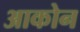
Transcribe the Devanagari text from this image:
आकोन